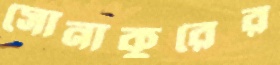
সোনাকুরের